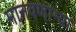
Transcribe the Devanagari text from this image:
मानवणाऱ्या